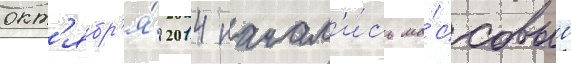
окт'ябр'я́ 2014 начал'и́сь ма́ссовые